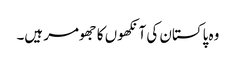
وہ پاکستان کی آنکھوں کا جھومر ہیں۔